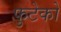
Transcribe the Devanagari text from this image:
फुटेको